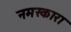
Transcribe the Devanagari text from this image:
नमस्कारा